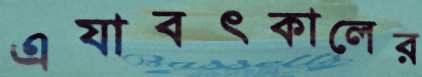
এযাবৎকালের